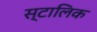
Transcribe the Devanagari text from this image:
स्टालिक